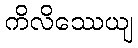
ကိလိဿေယျ